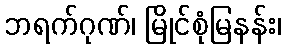
ဘရက်ဂုဏ်၊ မြိုင်စုံမြနန်း၊